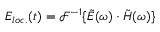
E _ { l o c . } ( t ) = \mathcal { F } ^ { - 1 } \{ \Tilde { E } ( \omega ) \cdot \Tilde { H } ( \omega ) \}